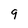
Character: 9